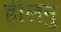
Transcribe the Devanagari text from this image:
हीलनु